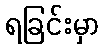
ရခြင်းမှာ